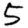
Digit: 5